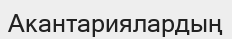
Акантариялардың